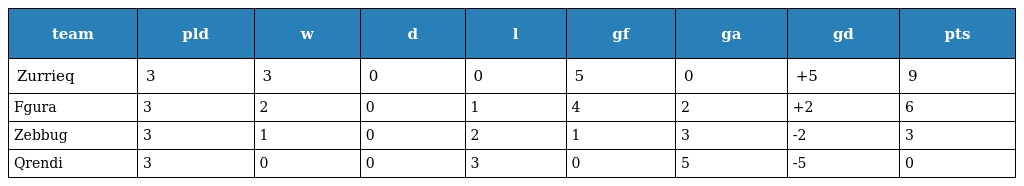
| team | pld | w | d | l | gf | ga | gd | pts |
 | --- | --- | --- | --- | --- | --- | --- | --- | --- |
 | Zurrieq | 3 | 3 | 0 | 0 | 5 | 0 | +5 | 9 |
 | Fgura | 3 | 2 | 0 | 1 | 4 | 2 | +2 | 6 |
 | Zebbug | 3 | 1 | 0 | 2 | 1 | 3 | -2 | 3 |
 | Qrendi | 3 | 0 | 0 | 3 | 0 | 5 | -5 | 0 |